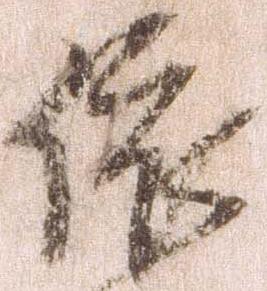
依